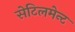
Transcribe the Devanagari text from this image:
सेटिलमेन्ट